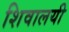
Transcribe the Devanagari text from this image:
शिवालयी